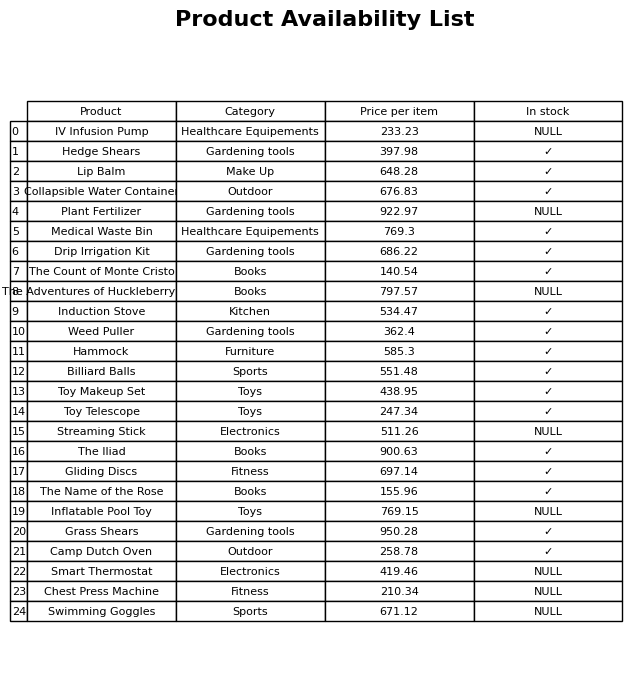
question: What is the price for The Iliad?
answer: The price of The Iliad is 900.63.